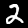
Digit: 2